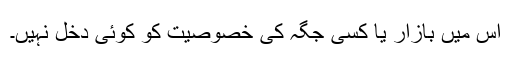
اس میں بازار یا کسی جگہ کی خصوصیت کو کوئی دخل نہیں۔